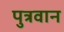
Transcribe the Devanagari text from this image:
पुत्रवान